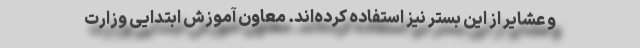
و عشایر از این بستر نیز استفاده کرده‌اند. معاون آموزش ابتدایی وزارت